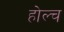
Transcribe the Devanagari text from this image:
होल्च